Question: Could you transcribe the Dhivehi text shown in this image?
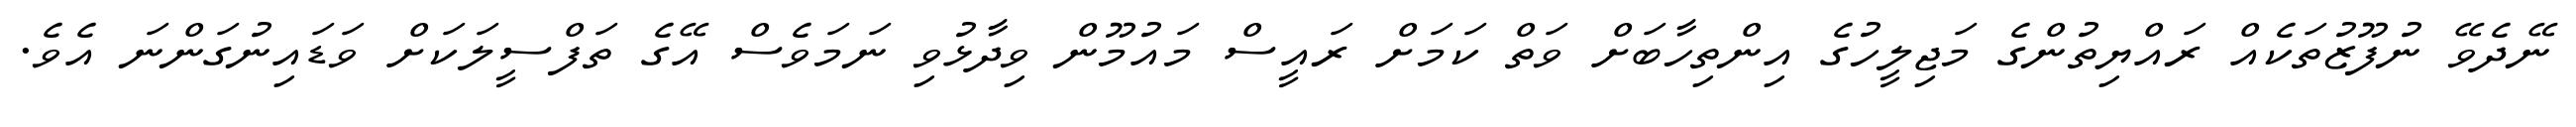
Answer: ނޭދެވޭ ނުފޫޒުތަކެއް ރައްޔިތުންގެ މަޖިލީހުގެ އިންތިހާބަށް ވަތް ކަމަށް ރައީސް މައުމޫން ވިދާޅުވި ނަމަވެސް އޭގެ ތަފްސީލަކަށް ވަޑައިނުގަންނަ އެވެ.